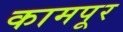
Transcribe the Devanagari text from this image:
कामपूर